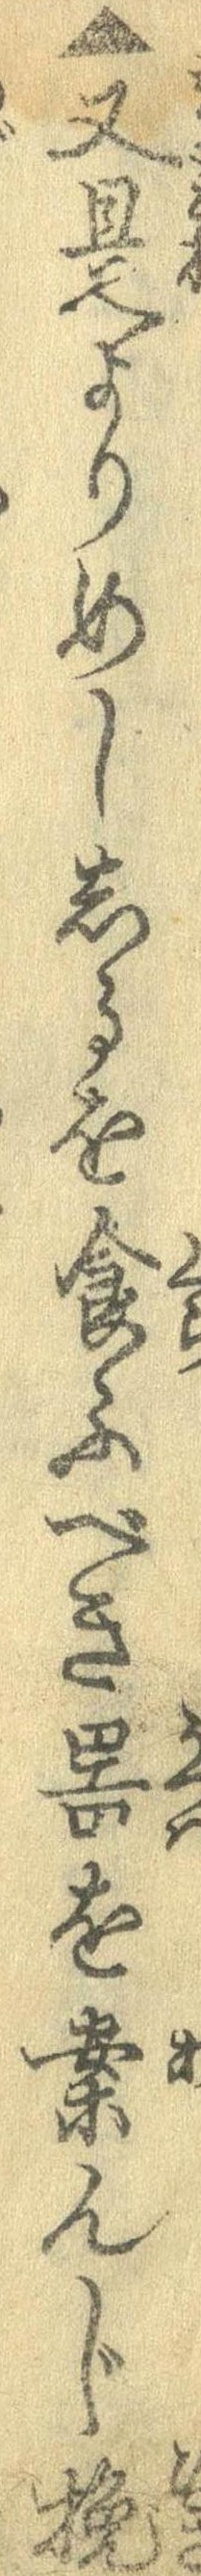
▲又是よりめししるを食ふべき器を案んじ挽